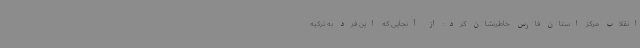
انقلاب مرکز استان فارس خاطرنشان کرد: از آنجایی که این فرد به ترکیه